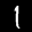
Label: 1